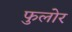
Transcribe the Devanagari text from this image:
फुलोर